Medical and sanitary report on the native army of Bombay for the year
Year: 1879
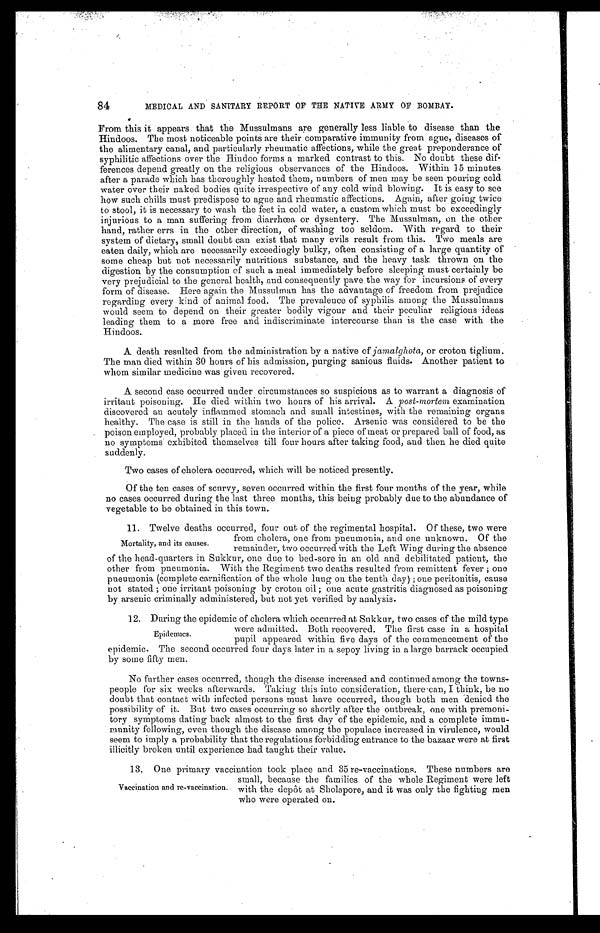
84
MEDICAL AND SANITARY REPORT OF THE NATIVE ARMY OF BOMBAY.
From this it appears that the Mussulmans are generally less liable to disease than the
Hindoos. The most noticeable points are their comparative immunity from ague, diseases of
the alimentary canal, and particularly rheumatic affections, while the great preponderance of
syphilitic affections over the Hindoo forms a marked contrast to this. No doubt these dif
-ferences depend greatly on the religious observances of the Hindoos. Within 15 minutes
after a parade which has thoroughly heated them, numbers of men may be seen pouring cold
water over their naked bodies quite irrespective of any cold wind blowing. It is easy to see
how such chills must predispose to ague and rheumatic affections. Again, after going twice
to stool, it is necessary to wash the feet in cold water, a custom which must be exceedingly
injurious to a man suffering from diarrhœa or dysentery. The Mussulman, on the other
hand, rather errs in the other direction, of washing too seldom. With regard to their
system of dietary, small doubt can exist that many evils result from this. Two meals are
eaten daily, which are necessarily exceedingly bulky, often consisting of a large quantity of
some cheap but not necessarily nutritious substance, and the heavy task thrown on the
digestion by the consumption of such a meal immediately before sleeping must certainly be
very prejudicial to the general health, and consequently pave the way for incursions of every
form of disease. Here again the Mussulman has the advantage of freedom from prejudice
regarding every kind of animal food. The prevalence of syphilis among the Mussulmans
would seem to depend on their greater bodily vigour and their peculiar religious ideas
leading them to a more free and indiscriminate intercourse than is the case with the
Hindoos.
A death resulted from the administration by a native of jamalghota, or croton tiglium.
The man died within 30 hours of his admission, purging sanious fluids. Another patient to
whom similar medicine was given recovered.
A second case occurred under circumstances so suspicious as to warrant a diagnosis of
irritant poisoning. He died within two hours of his arrival. A post-mortem examination
discovered an acutely inflammed stomach and small intestines, with the remaining organs
healthy. The case is still in the hands of the police. Arsenic was considered to be the
poison employed, probably placed in the interior of a piece of meat or prepared ball of food, as
no symptoms exhibited themselves till four hours after taking food, and then he died quite
suddenly.
Two cases of cholera occurred, which will be noticed presently.
Of the ten cases of scurvy, seven occurred within the first four months of the year, while
no cases occurred during the last three months, this being probably due to the abundance of
vegetable to be obtained in this town.
11. Twelve deaths occurred, four out of the regimental hospital. Of these, two were
from cholera, one from pneumonia, and one unknown. Of the
remainder, two occurred with the Left Wing during the absence
of the head-quarters in Sukkur, one due to bed-sore in an old and debilitated patient, the
other from pneumonia. With the Regiment two deaths resulted from remittent fever; one
pneumonia (complete carnification of the whole lung on the tenth day); one peritonitis, cause
not stated; one irritant poisoning by croton oil; one acute gastritis diagnosed as poisoning
by arsenic criminally administered, but not yet verified by analysis.
During the epidemic of cholera which occurred at Sukkur, two cases of the mild type
were admitted. Both recovered. The first case in a hospital
pupil appeared within five days of the commencement of the
epidemic. The second occurred four days later in a sepoy living in a large barrack occupied
by some fifty men.
No further cases occurred, though the disease increased and continued among the towns
- p e o p l e f o r s i x w e e k s a f t e r w a r d s . T a k i n g t h i s i n t o c o n s i d e r a t i o n , t h e r e c a n , I t h i n k , b e n o
doubt that contact with infected persons must have occurred, though both men denied the
possibility of it. But two cases occurring so shortly after the outbreak, one with premoni
-tory symptoms dating back almost to the first day of the epidemic, and a complete immu
-munity following, even though the disease among the populace increased in virulence, would
seem to imply a probability that the regulations forbidding entrance to the bazaar were at first
illicitly broken until experience had taught their value.
Mortality, and its causes.
Epidemics.
Vaccination and re-vaccination.
13. One primary vaccination took place and 35 re-vaccinations. These numbers are
small, because the families of the whole Regiment were left
with the depôt at Sholapore, and it was only the fighting men
who were operated on.